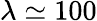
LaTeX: \lambda\simeq 100